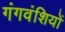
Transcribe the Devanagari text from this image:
गंगवंशियों